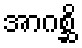
အာဂစ္ဆိ